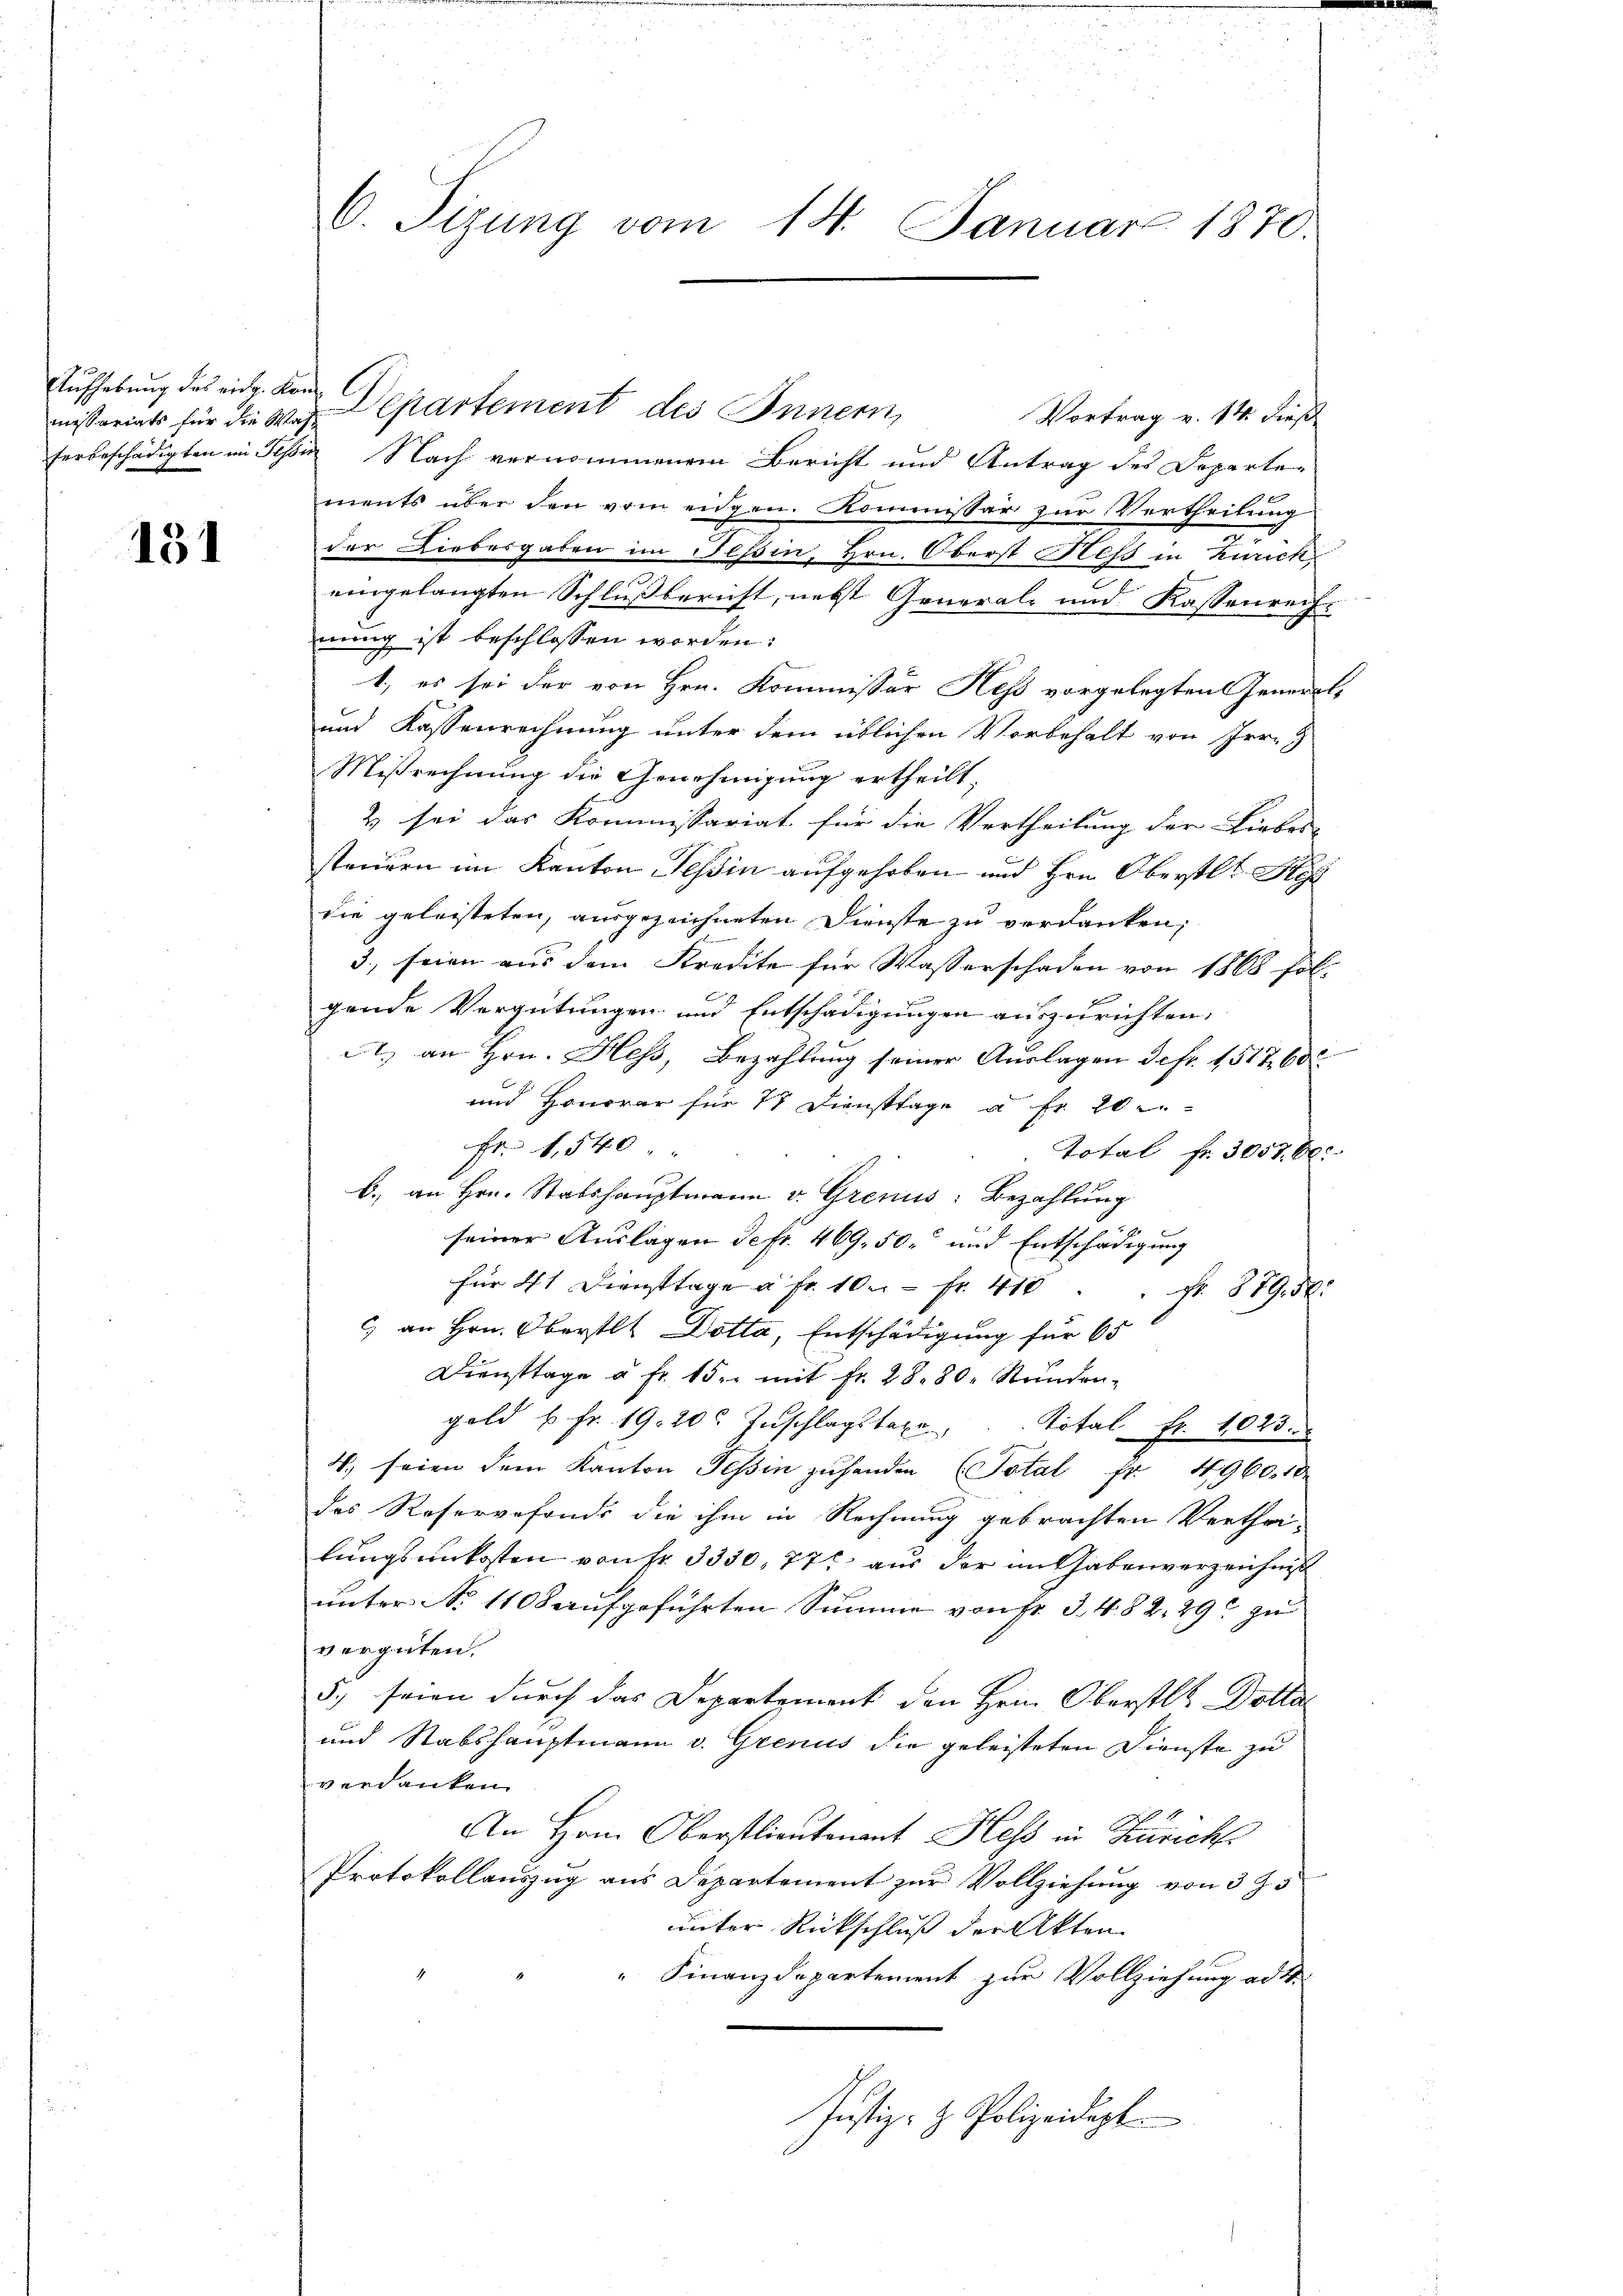
Aufhebung des eine Kann l
ferbeschädigten in Tessi

131

C. Sizung vom 14. Januar 1870.

Vortrag v. 14. dieß
 Nach vernommenem Bericht und Antrag des Departe-
ments über den vom eidgen. Kommissär zur Vertheilung
der Liebergaben im Tessin, Hrn. Oberst Hess in Zürich
eingelangten Schlußberuht, nebst General- und Kassenrech-
nung ist beschlossen worden:
1, es sei der von Hrn. Kommissär Hess vorgelegten General¬
und Kassenrechnung unter dem üblichen Vorbehalt von Irr-
Mißrechnung die Genehmigung ertheilt.
2) sei das Kommissariat für die Vertheilung der Liebes-
steuern im Kanton Tessin aufgehoben und Hrn. Oberstl. Stif
die geleisteten, ausgezeichneten Dienste zu verdanken,
3., seien aus dem Kredite für Wasserschaden von 1868 fol-
gende Vergütungen und Entschädigungen auszurichten,
A., an Hrn. Hess, Bezahlung seiner Auslagen defr. 1517, 60
und Honorar für 73 Diensttage à Fr. 20
Fr. 1,540.
Total Fr. 3057. 60
b. an Hrn. Stabshauptmann v. Grenis: Bezahlung
seiner Auslagen defr. 469, 50 und Entschädigung
für 41 Diensttage à Fr. 10. Fr. 410. Fr. 379. 5
) an Hrn. Oberstlt Dotta, Entschädigung für 65
Diensttage à Fr. 15. mit Fr. 28. 80. Stundengold u. fr. 19. 20. Zŭschlagstaxe, Total Fr. 1023.
4. seien dem Kanton Tessin zŭ handen (Total fr. 4960. 18
des Reservefonds die ihm in Rechnung gebrachten Verthei-
lungsunkosten von Fr. 3330, 77 aus der mit habenverzeichnis
unter No 1108 aufgeführten Summe von Fr. 3. 482. 29 zu
vergüten.
5. seien durch das Departement den Hrn. Oberstl. Dotte
und Stabshauptmann v. Grenus die geleisteten Dienste zu
verdanken.
An Hrn. Oberstlieutenant Hess in Zürich
Protokollauszug aus Departement zur Vollziehung von 3 Z 3
unter Rückschluß der Akten
" Finanzdepartement zur Vollziehung ad 1.
Justiz- & Polizeidept

missariats für die Was Departement des Innern,